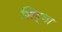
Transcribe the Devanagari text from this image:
शिद्धा